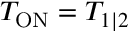
T _ { \mathrm { O N } } = T _ { 1 | 2 }